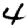
Digit: 4